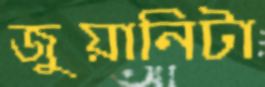
জুয়ানিটা